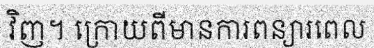
វិញ។ ក្រោយពីមានការពន្យារពេល